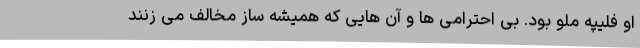
او فلیپه ملو بود. بی احترامی ها و آن هایی که همیشه ساز مخالف می زنند